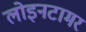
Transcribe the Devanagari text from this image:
लोइनटामर